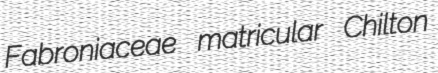
Fabroniaceae matricular Chilton